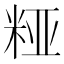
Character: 𮇔